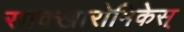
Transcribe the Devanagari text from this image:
साक्खारोमिकेस्